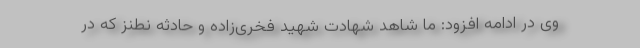
وی در ادامه افزود: ما شاهد شهادت شهید فخری‌زاده و حادثه نطنز که در